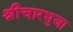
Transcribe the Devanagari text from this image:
श्रीचारभुजा